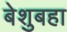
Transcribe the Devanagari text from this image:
बेशुबहा